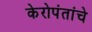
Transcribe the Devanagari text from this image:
केरोपंतांचे